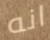
انه